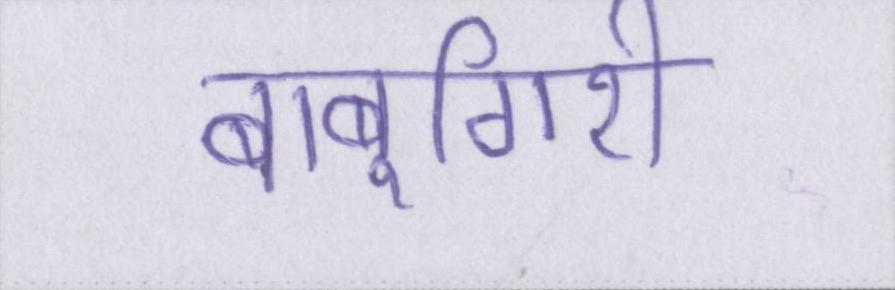
बाबूगिरी